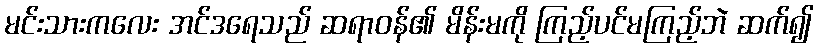
မင်းသားကလေး အင်ဒရေသည် ဆရာဝန်၏ မိန်းမကို ကြည့်ပင်မကြည့်ဘဲ ဆက်၍